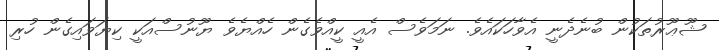
ޝޫޢޫރުތަކުން ބުނެދެނީ އެވާހަކައެވެ. ނަމަވެސް އެއީ ކީއްވެގެން ހެއްޔެވެ ޔޫނުސްއަކީ ކިޔަވައިގެން ހުރި